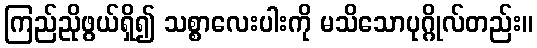
ကြည်ညိုဖွယ်ရှိ၍ သစ္စာလေးပါးကို မသိသောပုဂ္ဂိုလ်တည်း။